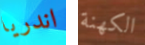
اندريا الكهنة